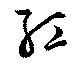
紅